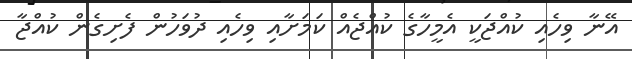
އޭނާ ވިހެއި ކުއްޖަކީ އެމީހާގެ ކުއްޖެއް ކަމަށާއި ވިހެއި ދުވަހުން ފެށިގެން ކުއްޖާ